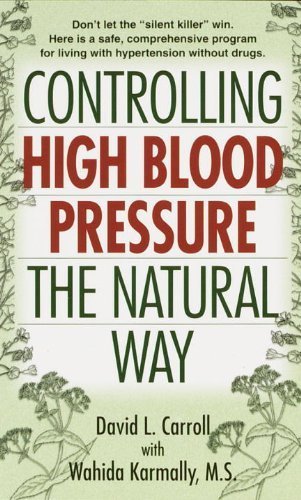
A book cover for Controlling High Blood Pressure the Natural Way by Carroll, David, Karmally, Wahida S. 1st (first) (2000) Mass Market Paperback; Health, Fitness & Dieting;